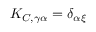
K _ { C , \gamma \alpha } = \delta _ { \alpha \xi }